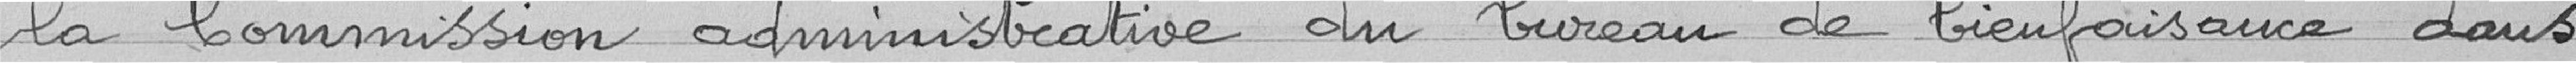
la Commission administrative du bureau de bienfaisance dans